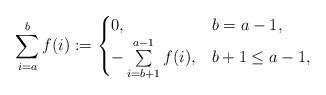
LaTeX: \begin{align*}\sum_{i=a}^b f(i) := \begin{cases} 0, & b=a-1, \\ -\sum\limits_{i =b+1}^{a-1} f(i), & b+1 \leq a-1, \end{cases}\end{align*}